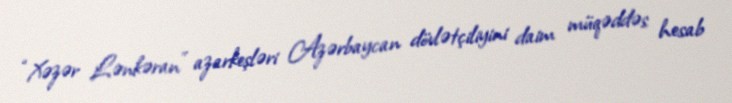
“Xəzər Lənkəran” azarkeşləri Azərbaycan dövlətçiliyini daim müqəddəs hesab